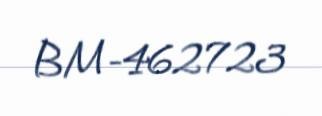
BM-462723